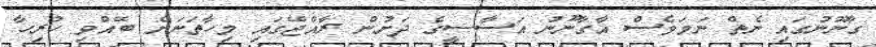
ގާނޫނުގައި ނެތް ނަމަވެސް އާގާނޫނު އަސާސީގެ ދަށުން ރާއްޖޭގައި މިހާތަނަށް ބޭއްވި ހުރިހާ